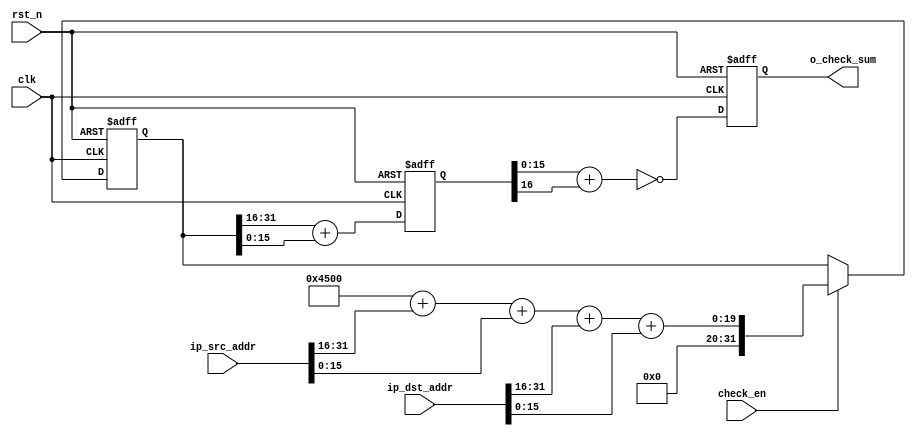

module ip_checksum#(

    parameter    IP_VERSION   = 4'h4    ,
    parameter    IP_HEDLEN    = 4'h5    , // 
    parameter    IP_SEV_TPYE  = 8'h00   ,
    parameter    IP_FD_IP     = 16'h00  ,
    parameter    IP_UNUSE     = 1'b0    ,
    parameter    IP_DF        = 1'b0    ,
    parameter    IP_MF        = 1'b0    ,
    parameter    IP_OFFSET    = 13'h0   ,
    parameter    IP_LIFE      = 8'h0    ,
    parameter    IP_PROTOCOL  = 8'h0    
)
(

    input               clk,
    input               rst_n,
    input               check_en,
    output   [15:0]     o_check_sum,
    input    [31:0]     ip_src_addr,
    input    [31:0]     ip_dst_addr
);


//sum
reg     [31:0]          sum;
reg     [16:0]          acc_sum_low; //17
reg     [15:0]          check_sum;

assign o_check_sum = check_sum;

//check_en 
always@(posedge clk or negedge rst_n)begin
    if(!rst_n)begin
        sum <= 'd0;
    end 
    else if(check_en)begin
        sum <= {IP_VERSION, IP_HEDLEN, IP_SEV_TPYE} + 
                IP_FD_IP + {IP_UNUSE, IP_DF, IP_MF, IP_OFFSET} +
                {IP_LIFE ,IP_PROTOCOL} + ip_src_addr[31:16] + ip_src_addr[15:0] + 
                ip_dst_addr[31:16] + ip_dst_addr[15:0];
    end
end

//acc_sum_low
always@(posedge clk or negedge rst_n)begin
    if(!rst_n)begin
        acc_sum_low <= 'd0;
    end
    else begin
        acc_sum_low <= sum[31:16] + sum[15:0];
    end
end

always@(posedge clk or negedge rst_n)begin
    if(!rst_n)begin
        check_sum <= 'd0;
    end
    else begin
        check_sum <= ~(acc_sum_low[15:0] + acc_sum_low[16]);
    end
end

endmodule